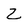
Character: z